Plague in India, 1896, 1897 - Volume 3
Year: 1896
Disease focus: Plague
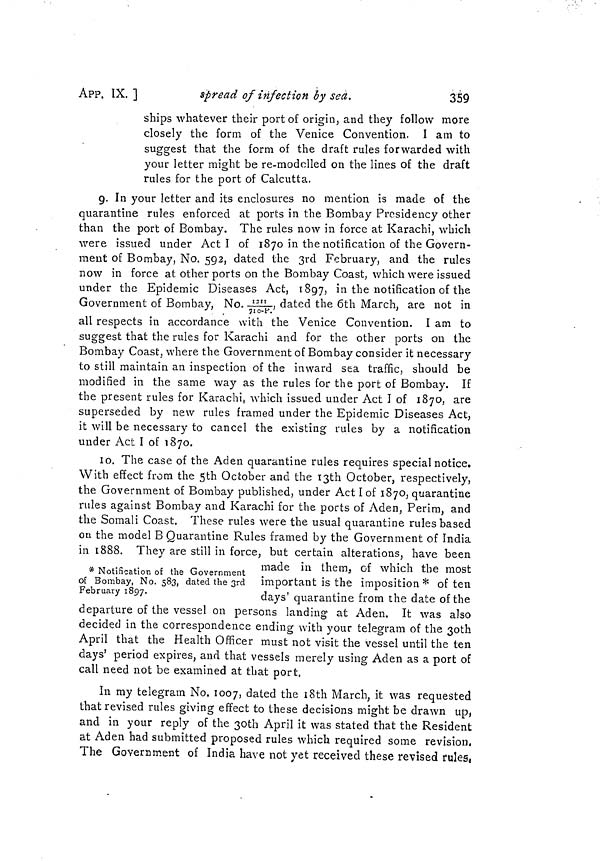
359
APP. IX. ]
spread of infection by sea.
ships whatever their port of origin, and they follow more
closely the form of the Venice Convention. I am to
suggest that the form of the draft rules forwarded with
your letter might be re-modelled on the lines of the draft
rules for the port of Calcutta.
g. In your letter and its enclosures no mention is made of the
quarantine rules enforced at ports in the Bombay Presidency other
than the port of Bombay. The rules now in force at Karachi, which
were issued under Act I of 1870 in the notification of the Govern-
ment of Bombay, No. 592, dated the 3rd February, and the rules
now in force at other ports on the Bombay Coast, which were issued
under the Epidemic Diseases Act, 1897, in the notification of the
Government of Bombay, No.1211/710-P., dated the 6th March, are not in
.
all respects in accordance with the Venice Convention. I am to
suggest that the rules for Karachi and for the other ports on the
Bombay Coast, where the Government of Bombay consider it necessary
to still maintain an inspection of the inward sea traffic, should be
modified in the same way as the rules for the port of Bombay. If
the present rules for Karachi, which issued under Act I of 1870, are
superseded by new rules framed under the Epidemic Diseases Act,
it will be necessary to cancel the existing rules by a notification
under Act I of 1870.
10. The case of the Aden quarantine rules requires special notice.
With effect from the 5th October and the I3th October, respectively,
the Government of Bombay published, under Act I of 1870, quarantine
rules against Bombay and Karachi for the ports of Aden, Perim, and
the Somali Coast. These rules were the usual quarantine rules based
on the model B Quarantine Rules framed by the Government of India
in 1888. They are still in force, but certain alterations, have been
made in them, of which the most
* Notification of the Government
.
'
of Bombay, No. 583, dated the 3rd important is the imposition * of ten
February 1897-
days' quarantine from the date of the
departure of the vessel on persons landing at Aden. It was also
decided in the correspondence ending with your telegram of the 30th
April that the Health Officer must not visit the vessel until the ten
days' period expires, and that vessels merely using Aden as a port of
call need not be examined at that port.
In my telegram No. 1007, dated the 18th March, it was requested
that revised rules giving effect to these decisions might be drawn up,
and in your reply of the 30th April it was stated that the Resident
at Aden had submitted proposed rules which required some revision.
The Government of India have not yet received these revised rules,